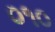
૦૧૦